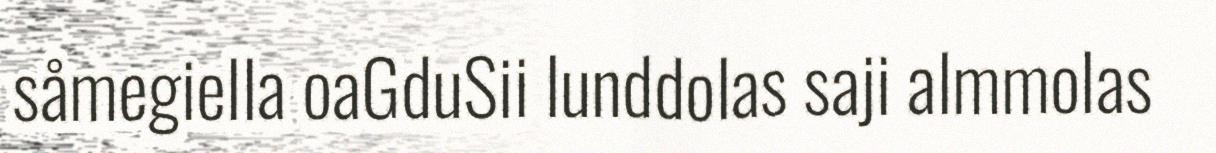
såmegiella oaGduSii lunddolas saji almmolas